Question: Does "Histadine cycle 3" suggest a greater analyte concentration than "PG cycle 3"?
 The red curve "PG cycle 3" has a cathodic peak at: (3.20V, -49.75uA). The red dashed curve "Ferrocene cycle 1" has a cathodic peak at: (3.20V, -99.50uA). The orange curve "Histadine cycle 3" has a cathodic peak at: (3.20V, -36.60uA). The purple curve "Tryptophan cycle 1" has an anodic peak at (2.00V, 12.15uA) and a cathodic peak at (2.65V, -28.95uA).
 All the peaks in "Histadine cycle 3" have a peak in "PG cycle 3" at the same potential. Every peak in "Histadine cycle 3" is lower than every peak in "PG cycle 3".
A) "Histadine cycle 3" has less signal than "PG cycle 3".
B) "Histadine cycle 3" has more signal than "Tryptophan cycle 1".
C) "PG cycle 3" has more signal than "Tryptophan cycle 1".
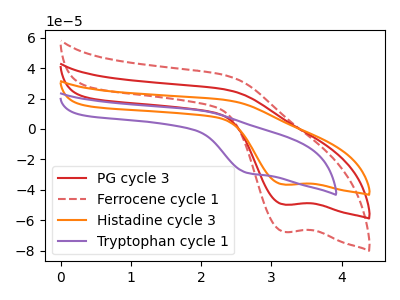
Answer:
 <answer>A) "Histadine cycle 3" has less signal than "PG cycle 3".</answer>
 <eval>A</eval>